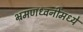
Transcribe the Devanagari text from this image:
भ्रमणध्वनींमध्ये